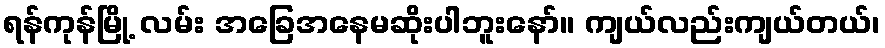
ရန်ကုန်မြို့ လမ်း အခြေအနေမဆိုးပါဘူးနော်။ ကျယ်လည်းကျယ်တယ်၊